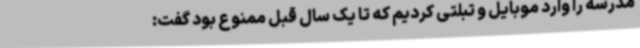
مدرسه را وارد موبایل و تبلتی کردیم که تا یک سال قبل ممنوع بود گفت: